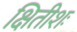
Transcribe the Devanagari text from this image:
क्षितीशः